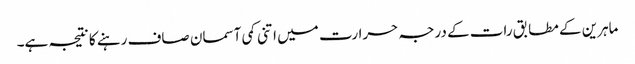
ماہرین کے مطابق رات کے درجہ حرارت میں اتنی کمی آسمان صاف رہنے کا نتیجہ ہے۔